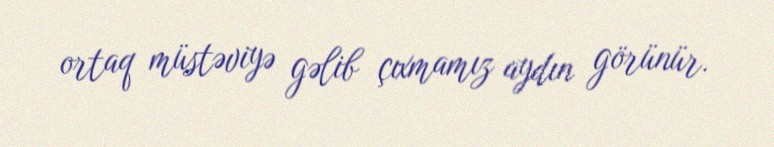
ortaq müstəviyə gəlib çıxmamız aydın görünür.